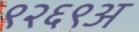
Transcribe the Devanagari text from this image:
९२६९अ